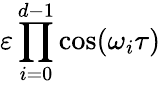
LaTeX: \varepsilon\prod_{i=0}^{d-1}\cos(\omega_{i}\tau)